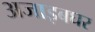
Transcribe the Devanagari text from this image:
अजाइबघर